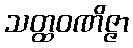
သတ္ထဝဏိဇ္ဇာ